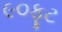
૯૦ફૂટ